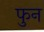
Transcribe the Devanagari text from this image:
फुन